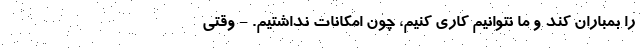
را بمباران کند و ما نتوانیم کاری کنیم، چون امکانات نداشتیم. - وقتی